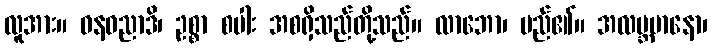
လူအား။ ဓနဓညာဒိ၊ ဥစ္စာ စပါး အစရှိသည်တို့သည်။ လာဘော၊ မည်၏။ အလဗ္ဘမာနော၊